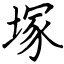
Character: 塜